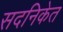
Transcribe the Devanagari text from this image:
सदनिकेत